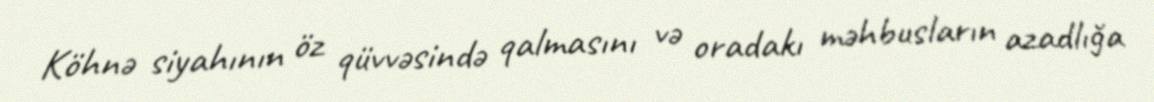
Köhnə siyahının öz qüvvəsində qalmasını və oradakı məhbusların azadlığa